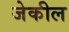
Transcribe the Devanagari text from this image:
जेकील